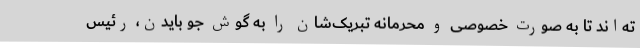
ته‌اند تا به صورت خصوصی و محرمانه تبریک‌شان را به گوش جو بایدن، رئیس